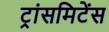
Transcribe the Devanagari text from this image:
ट्रांसमिटेंस